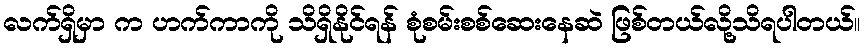
လက်ရှိမှာ က ဟက်ကာကို သိရှိနိုင်ရန် စုံစမ်းစစ်ဆေးနေဆဲ ဖြစ်တယ်လို့သိရပါတယ်။